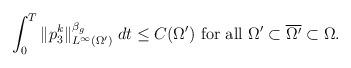
LaTeX: \begin{align*}\int_0^T\|p_3^k\|_{L^{\infty}(\Omega')}^{\beta_{g}}\; dt &\le C(\Omega') \textrm{ for all } \Omega' \subset \overline{\Omega'} \subset \Omega.\end{align*}